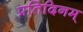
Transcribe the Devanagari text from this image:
प्रतिदिनम्‌